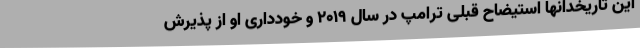
این تاریخدانها استیضاح قبلی ترامپ در سال 2019 و خودداری او از پذیرش